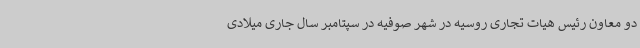
دو معاون رئیس هیات تجاری روسیه در شهر صوفیه در سپتامبر سال جاری میلادی